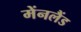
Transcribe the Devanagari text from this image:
मेंनलैंड